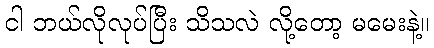
ငါ ဘယ်လိုလုပ်ပြီး သိသလဲ လို့တော့ မမေးနဲ့။